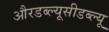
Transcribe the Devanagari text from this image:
औरडब्ल्यूसीडब्ल्यू